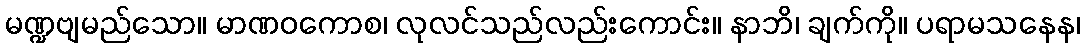
မဏ္ဍဗျမည်သော။ မာဏဝကောစ၊ လုလင်သည်လည်းကောင်း။ နာဘိ၊ ချက်ကို။ ပရာမသနေန၊